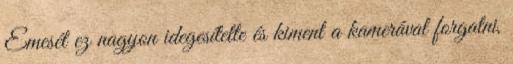
Emesét ez nagyon idegesítette és kiment a kamerával forgatni,